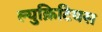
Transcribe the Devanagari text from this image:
ल्युक्रिटियस